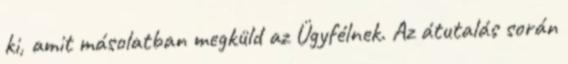
ki, amit másolatban megküld az Ügyfélnek. Az átutalás során